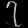
Digit: ၇